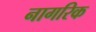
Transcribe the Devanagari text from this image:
नागरिक